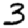
Digit: 3